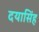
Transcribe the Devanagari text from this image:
दयासिंह